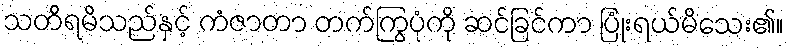
သတိရမိသည်နှင့် ကံဇာတာ တက်ကြွပုံကို ဆင်ခြင်ကာ ပြုံးရယ်မိသေး၏။